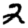
Digit: 2